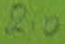
Text: 2.0